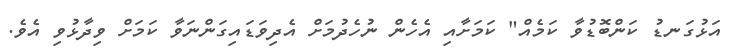
އަޅުގަނޑު ކަންބޮޑުވާ ކަމެއް" ކަމަށާއި އެހެން ނުހެދުމަށް އެދިވަޑައިގަންނަވާ ކަމަށް ވިދާޅުވި އެވެ.